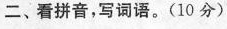
二、看拼音，写词语。(10分)